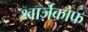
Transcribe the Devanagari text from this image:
श्वार्ज़कोफ